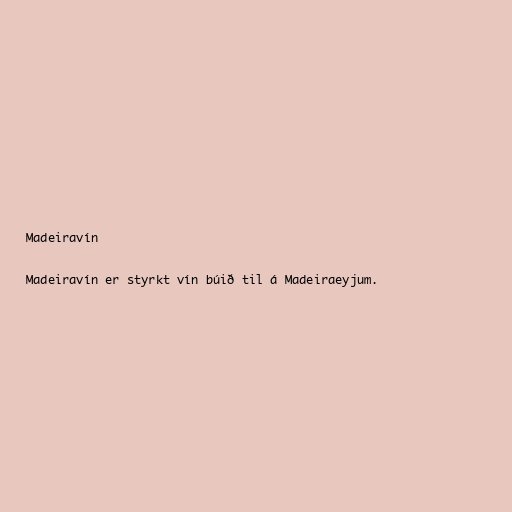
Madeiravín

Madeiravín er styrkt vín búið til á Madeiraeyjum.